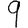
Digit: 9